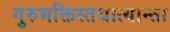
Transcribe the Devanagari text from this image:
गुरुभक्तिस्तथात्यान्ता